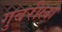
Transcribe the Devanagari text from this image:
गुबरीला